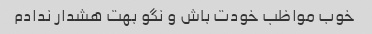
خوب مواظب خودت باش و نگو بهت هشدار ندادم